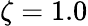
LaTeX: \zeta=1.0